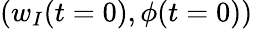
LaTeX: (w_{I}(t=0),\phi(t=0))